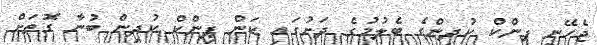
ޖެހޭނީ ޕިންކް ކުދިންގެ ބެލުމުގެ ދަށުގައި ކަން ޕިންކް ކުދިން ބުނާ ގޮތަށް